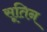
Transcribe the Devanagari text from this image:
सूतिन